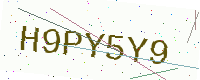
Text: H9PY5Y9